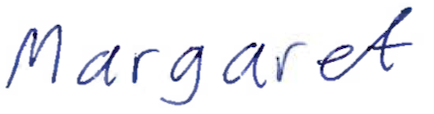
Text: Margaret
Cross-out: clean
Writing tool: ballpoint